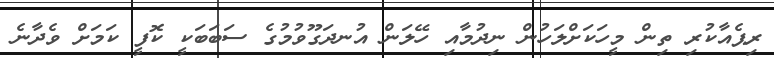
ރިޕެއާކުރި ތިން މީހަކަށްލަހުން ނިދުމާއި ހޭލަން އުނދަގޫވުމުގެ ސަބަބަކީ ކޮފީ ކަމަށް ވެދާނެ